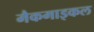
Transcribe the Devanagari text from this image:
मैकमाइकल